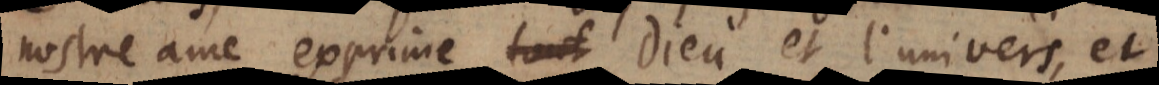
nostre ame exprime Dieu et l’univers, et